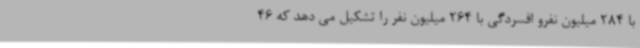
با 284 میلیون نفرو افسردگی با 264 میلیون نفر را تشکیل می دهد که 46